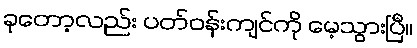
ခုတော့လည်း ပတ်ဝန်းကျင်ကို မေ့သွားပြီ။